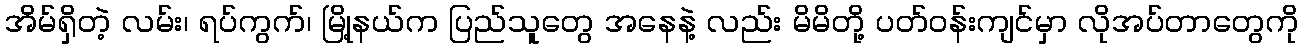
အိမ်ရှိတဲ့ လမ်း၊ ရပ်ကွက်၊ မြို့နယ်က ပြည်သူတွေ အနေနဲ့ လည်း မိမိတို့ ပတ်ဝန်းကျင်မှာ လိုအပ်တာတွေကို